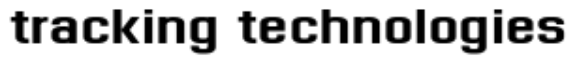
tracking technologies